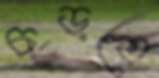
চড়তে